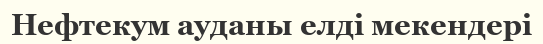
Нефтекум ауданы елді мекендері